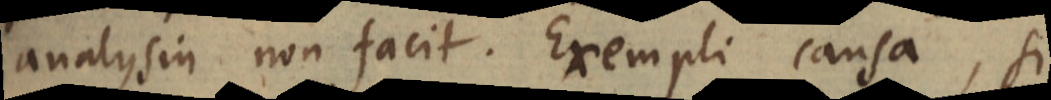
analysin non facit. Exempli causa, si